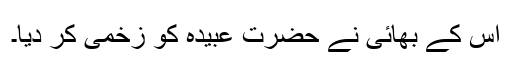
اس کے بھائی نے حضرت عبیدہؓ کو زخمی کر دیا۔